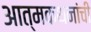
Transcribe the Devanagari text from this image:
आत्मकथनांची